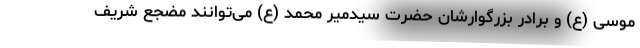
موسی (ع) و برادر بزرگوارشان حضرت سیدمیر محمد (ع) می‌توانند مضجع شریف